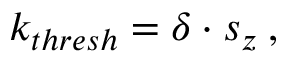
k _ { t h r e s h } = \delta \cdot s _ { z } \: ,